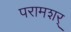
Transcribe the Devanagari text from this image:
परामशर्